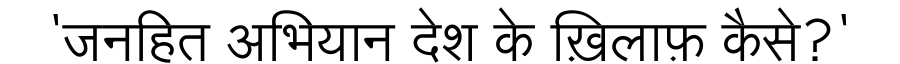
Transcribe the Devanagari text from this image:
'जनहित अभियान देश के ख़िलाफ़ कैसे?'